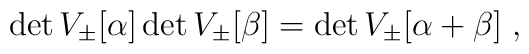
\det V_\pm[\alpha] \det V_\pm[\beta] =  \det V_\pm[\alpha+\beta]\;,